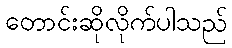
တောင်းဆိုလိုက်ပါသည်